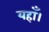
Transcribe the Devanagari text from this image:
यहाँ।